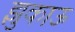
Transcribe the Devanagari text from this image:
झुकाऊ